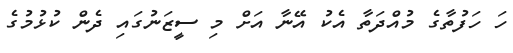
ހަ ހަފުތާގެ މުއްދަތާ އެކު އޭނާ އަށް މި ސީޒަނުގައި ދެން ކުޅުމުގެ